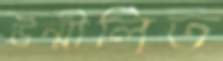
উন্মীলিত